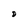
Character: D